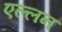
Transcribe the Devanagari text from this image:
एल्लन